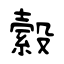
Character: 縠